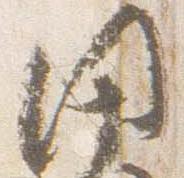
閑